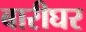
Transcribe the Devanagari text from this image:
बारीघर